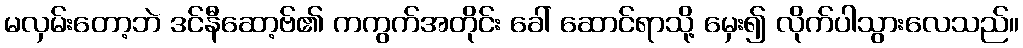
မလှမ်းတော့ဘဲ ဒင်နီဆော့ဗ်၏ ကကွက်အတိုင်း ခေါ် ဆောင်ရာသို့ မှေး၍ လိုက်ပါသွားလေသည်။